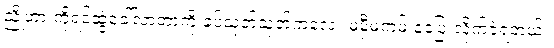
ညိုဟာ ကိုရင်ဆွဲခေါ်လာတာကို ခပ်သုတ်သုတ်ကလေး မမှီမကမ်းနဲ့ပြေးလိုက်ခဲ့ရတယ်။